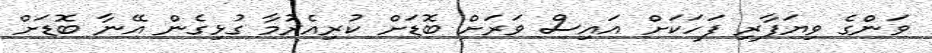
ވަންގެ ވިޔަފާރި ފަހަކަށް އައިސް ވަރަށް ބޮޑަށް ކުރިއެރުމާ ގުޅިގެން އޭނާ ބޮޑަށް